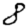
Digit: 8